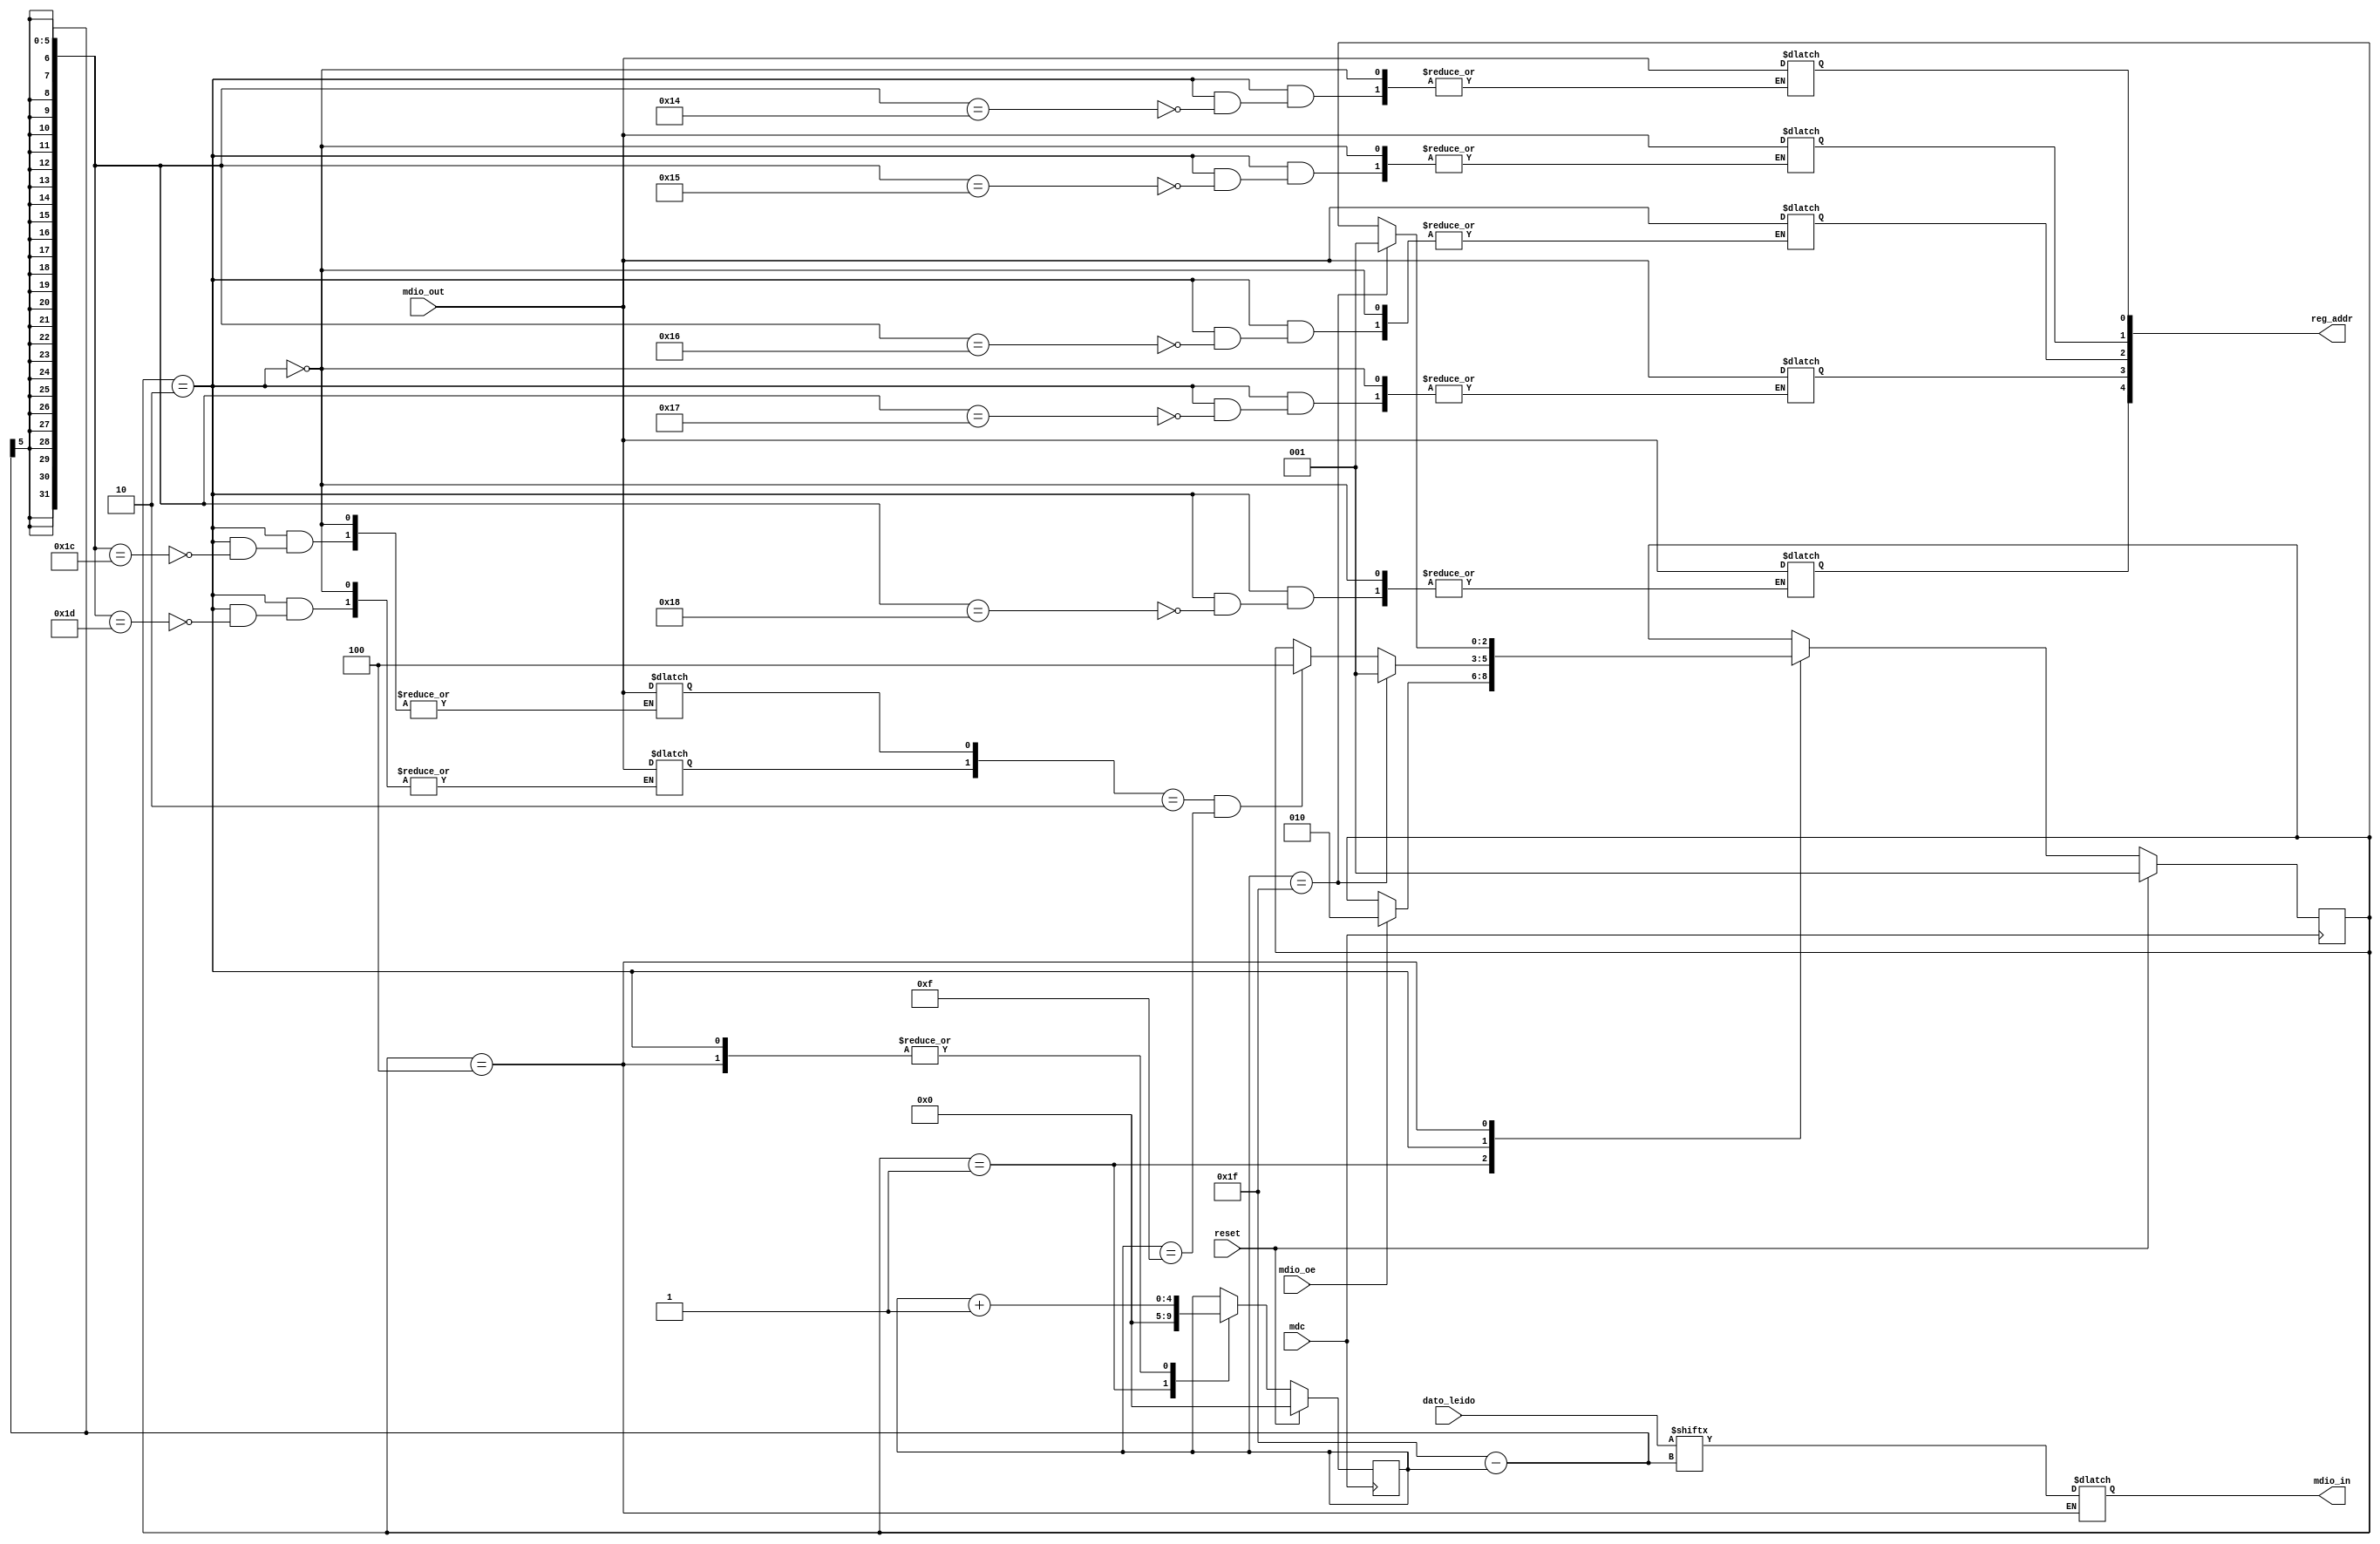
module objetivo_mdio(
   // Inputs
   mdio_out, mdio_oe, mdc, dato_leido,
   // Outputs
   reset, mdio_in, reg_addr
   );

  //Entradas y salidas
  output reg mdio_in;
  output     [4:0] reg_addr;
  input reset, mdio_out, mdio_oe, mdc;
  input [15:0] dato_leido;

  localparam INICIO       = 3'b001;
  localparam RECIBIR_BITS = 3'b010;
  localparam ENVIAR_BITS  = 3'b100;

  //Variables intermedias
  reg [2:0] estado, prox_estado;
  reg [4:0] cuenta_bits, prox_cuenta_bits;
  wire escritura, lectura;
  wire [1:0] start, op;
  wire [4:0] phy_addr;
  reg [31:0] transaccion;

  assign escritura = (op[1:0] == 2'b01);
  assign lectura   =   (op == 2'b10);
  assign start     = transaccion[31:30];
  assign op        = transaccion[29:28];
  assign phy_addr  = transaccion[27:24];
  assign reg_addr  = transaccion[24:20];

  //Fip flops
  always @(posedge mdc) begin
    if (reset) begin
      estado       <= INICIO;
      cuenta_bits  <= 0;
    end else begin
      estado       <= prox_estado;
      cuenta_bits  <= prox_cuenta_bits;
    end
  end

  //Logica combinacional

  always @(*) begin
    prox_estado = estado;
    prox_cuenta_bits = cuenta_bits;

    case (estado)
	    INICIO: begin
		    prox_cuenta_bits = 0;
		    if (mdio_oe) begin
		        prox_estado = RECIBIR_BITS;
//			transaccion[31-cuenta_bits] = mdio_out;
//			prox_cuenta_bits = cuenta_bits+1;
		    end
	    end
	    RECIBIR_BITS: begin
	        prox_cuenta_bits = cuenta_bits+1;
		transaccion[31-cuenta_bits] = mdio_out;
	    	if (lectura && (cuenta_bits == 15)) prox_estado = ENVIAR_BITS;
		if (cuenta_bits == 31) prox_estado = INICIO;

            end
	    ENVIAR_BITS: begin
	        prox_cuenta_bits = cuenta_bits+1;
		mdio_in = dato_leido[31-cuenta_bits];
		if (cuenta_bits == 31) prox_estado = INICIO;
	    end
            default: begin
	    end
    endcase;
  end
endmodule